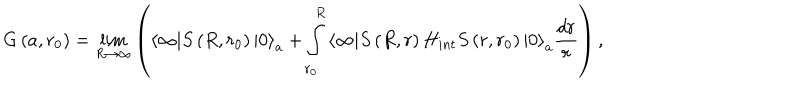
LaTeX: G \left( a , r _ { 0 } \right) = \lim _ { R \rightarrow \infty } \left( \left\langle \infty | S \left( R , r _ { 0 } \right) | 0 \right\rangle _ { a } + \int _ { r _ { 0 } } ^ { R } \left\langle \infty | S \left( R , r \right) H _ { i n t } S \left( r , r _ { 0 } \right) | 0 \right\rangle _ { a } \frac { d r } { r } \right) ,